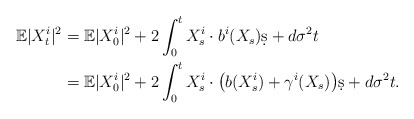
\begin{align*}\mathbb E|X_t^i|^2 & = \mathbb E|X_0^i|^2 + 2\int_0^t X_s^i\cdot b^i(X_s)\d s + d \sigma^2 t \\& = \mathbb E|X_0^i|^2 + 2\int_0^t X_s^i\cdot \big(b(X_s^i) + \gamma^i(X_s)\big)\d s + d\sigma^2 t.\end{align*}